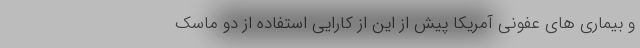
و بیماری های عفونی آمریکا پیش از این از کارایی استفاده از دو ماسک